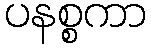
ပနစ္စကာ